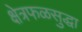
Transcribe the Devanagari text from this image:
क्षेत्रफळसुद्धा